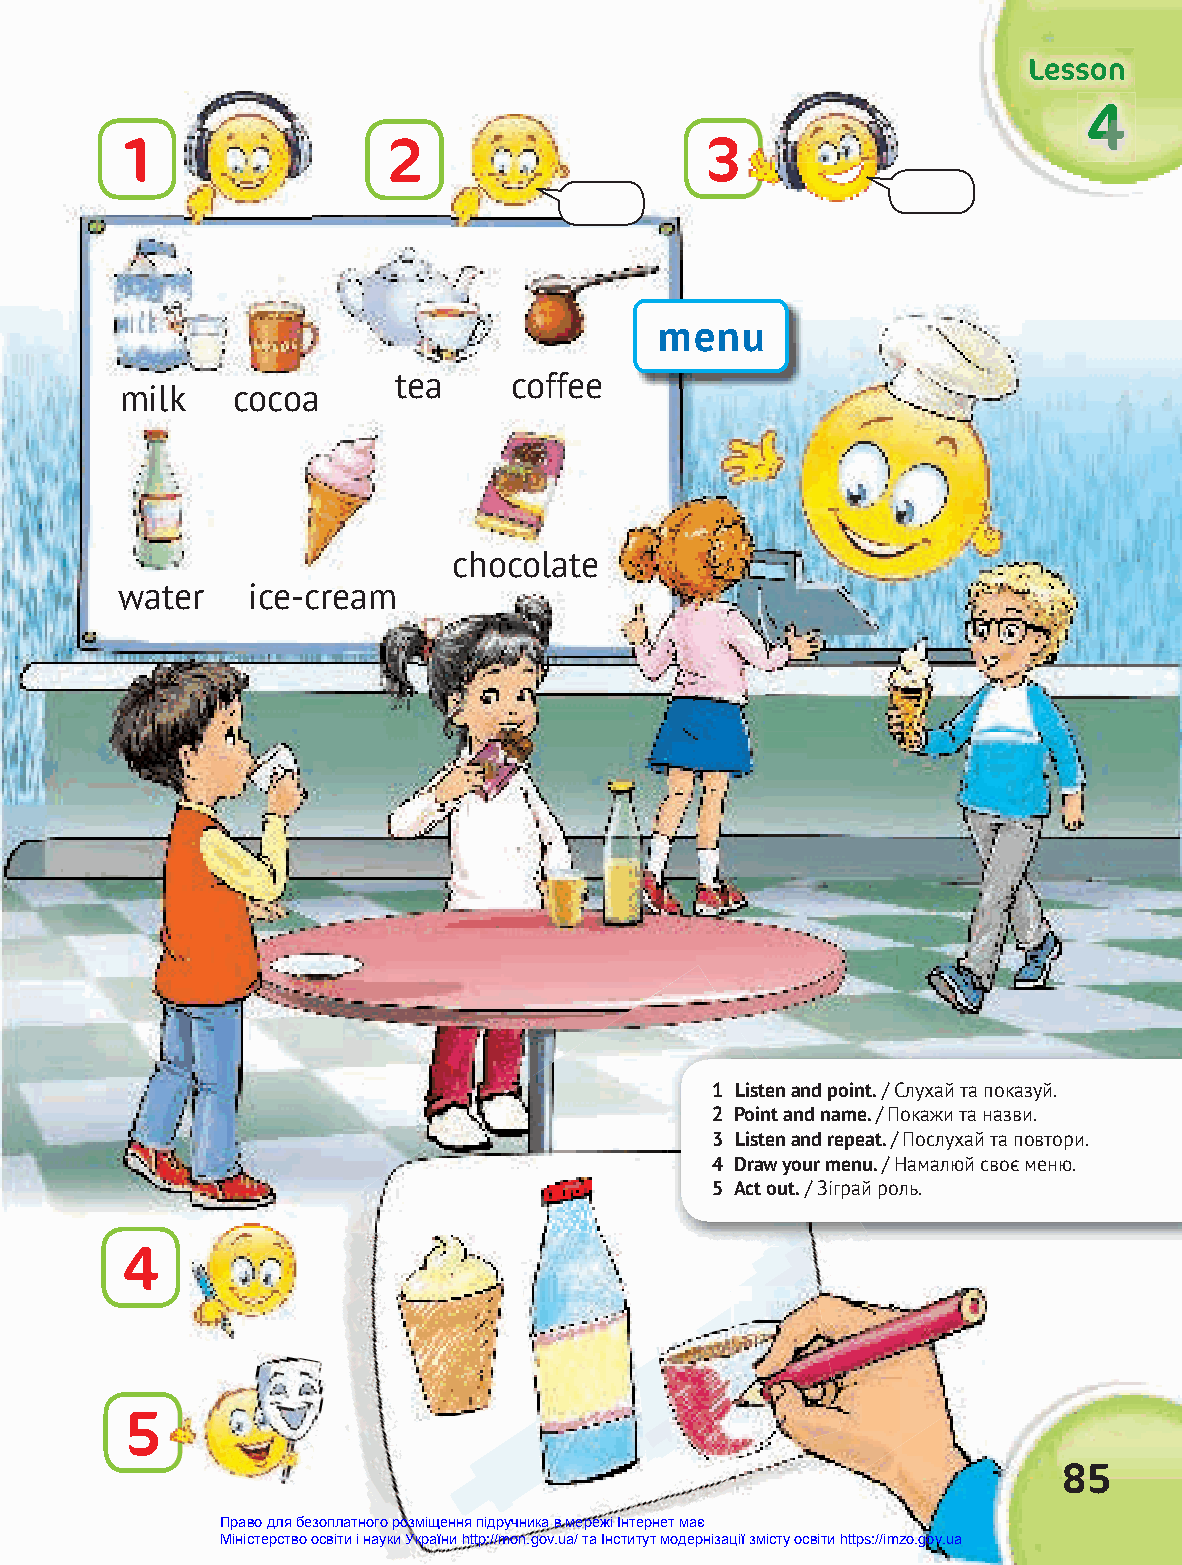
LLLeeessssssooonnn
 444
 1                 2                    3
 menu
 tea     coffee
 milk   cocoa
 chocolate
 water   ice-cream
 1 Listen and point. / Слухай та показуй.
 2 Point and name. / Покажи та назви.
 3 Listen and repeat. / Послухай та повтори.
 4 Draw your menu. / Намалюй своє меню.
 5 Act out. / Зіграй роль.
 4
 5
 85
 Право для безоплатного розміщення підручника в мережі Інтернет має
 Міністерство освіти і науки України http://mon.gov.ua/ та Інститут модернізації змісту освіти https://imzo.gov.ua